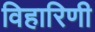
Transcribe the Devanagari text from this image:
विहारिणी